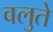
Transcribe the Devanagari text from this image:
वलुते